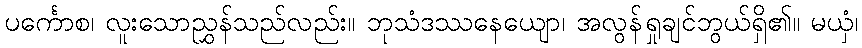
ပင်္ကောစ၊ လူးသောညွှန်သည်လည်း။ ဘုသံဒဿနေယျော၊ အလွန်ရှုချင်ဘွယ်ရှိ၏။ မယှံ၊